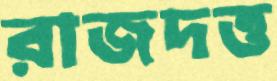
রাজদত্ত